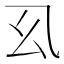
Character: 𭙉